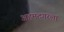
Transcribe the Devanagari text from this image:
अहमदगरला